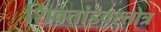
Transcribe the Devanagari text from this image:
शिवतांडवस्तोत्र